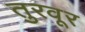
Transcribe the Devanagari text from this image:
तुरवूर